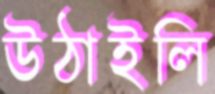
উঠাইলি